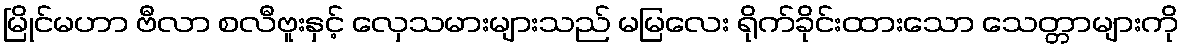
မြိုင်မဟာ ဗီလာ စလီဗူးနှင့် လှေသမားများသည် မမြလေး ရိုက်ခိုင်းထားသော သေတ္တာများကို